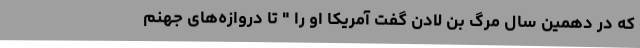
که در دهمین سال مرگ بن لادن گفت آمریکا او را " تا دروازه‌های جهنم